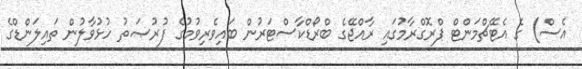
އެސް) ގެ އެޓޭޗްމަންޓް ޕްރޮގްރާމުގައި ރާއްޖޭގެ ބްރޯޑްކާސްޓަރުން ބައިވެރިވުމުގެ ފުރުޞަތު ހުޅުވާލުން ތައިލަންޑްގެ